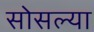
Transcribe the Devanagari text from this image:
सोसल्या